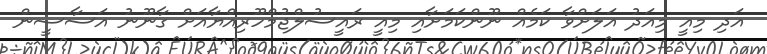
އަދި މިއީ މިއަދު އަލަށްވާ ކަމެއް ނޫންކަމަށާއި މިއީ ރައީސުލްޖުމްހޫރިއްޔާއަށް ގާނޫނު އަސާސީން